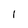
Character: l